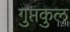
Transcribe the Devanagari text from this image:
गुप्तकुल